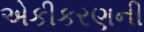
એકીકરણની